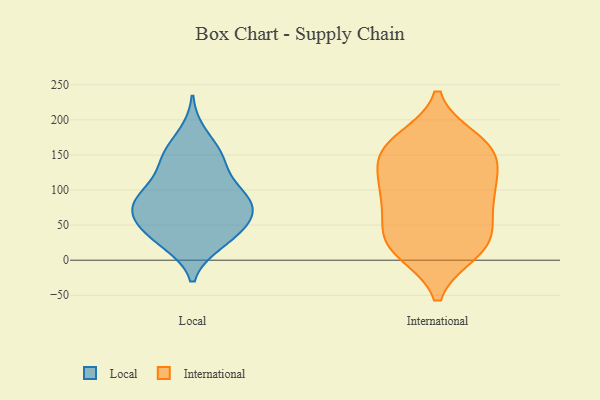
{"axis": {"x": "Net Income (USD K)", "y": "Value"}, "legend": ["International", "Local"], "data": [{"x": "", "y": 69, "type": "Local"}, {"x": "", "y": 154, "type": "Local"}, {"x": "", "y": 69, "type": "Local"}, {"x": "", "y": 106, "type": "Local"}, {"x": "", "y": 72, "type": "Local"}, {"x": "", "y": 65, "type": "Local"}, {"x": "", "y": 23, "type": "Local"}, {"x": "", "y": 27, "type": "Local"}, {"x": "", "y": 181, "type": "Local"}, {"x": "", "y": 94, "type": "Local"}, {"x": "", "y": 57, "type": "Local"}, {"x": "", "y": 147, "type": "Local"}, {"x": "", "y": 91, "type": "Local"}, {"x": "", "y": 144, "type": "Local"}, {"x": "", "y": 94, "type": "Local"}, {"x": "", "y": 137, "type": "Local"}, {"x": "", "y": 93, "type": "Local"}, {"x": "", "y": 49, "type": "Local"}, {"x": "", "y": 25, "type": "Local"}, {"x": "", "y": 45, "type": "Local"}, {"x": "", "y": 33, "type": "International"}, {"x": "", "y": 158, "type": "International"}, {"x": "", "y": 20, "type": "International"}, {"x": "", "y": 59, "type": "International"}, {"x": "", "y": 99, "type": "International"}, {"x": "", "y": 101, "type": "International"}, {"x": "", "y": 65, "type": "International"}, {"x": "", "y": 29, "type": "International"}, {"x": "", "y": 12, "type": "International"}, {"x": "", "y": 171, "type": "International"}, {"x": "", "y": 139, "type": "International"}, {"x": "", "y": 160, "type": "International"}, {"x": "", "y": 147, "type": "International"}, {"x": "", "y": 164, "type": "International"}, {"x": "", "y": 12, "type": "International"}, {"x": "", "y": 106, "type": "International"}, {"x": "", "y": 95, "type": "International"}]}